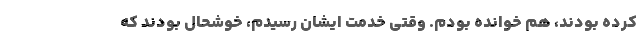
کرده بودند، هم خوانده بودم. وقتی خدمت‌ ایشان رسیدم، خوشحال بودند که